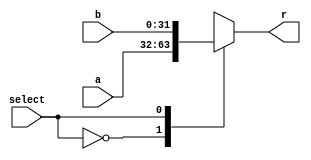
module MUX21_320 #(parameter len=32)
(
input [len-1:0] a,
input [len-1:0] b,
input select,
output reg [len-1:0] r
);
	
always @(*) begin
    case(select)
      1'b0:
        r=a;
      1'b1:
        r=b;
    endcase
	
end

endmodule